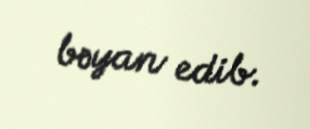
bəyan edib.